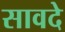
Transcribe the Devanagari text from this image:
सावदे